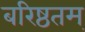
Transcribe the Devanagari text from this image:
बरिष्ठतम्